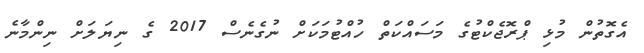
އެގޮތުން މުޅި ޕްރޮޖެކްޓުގެ މަސައްކަތް ހުއްޓުމަކަށް ނުގެނެސް 2017 ގެ ނިޔަލަށް ނިންމާނެ